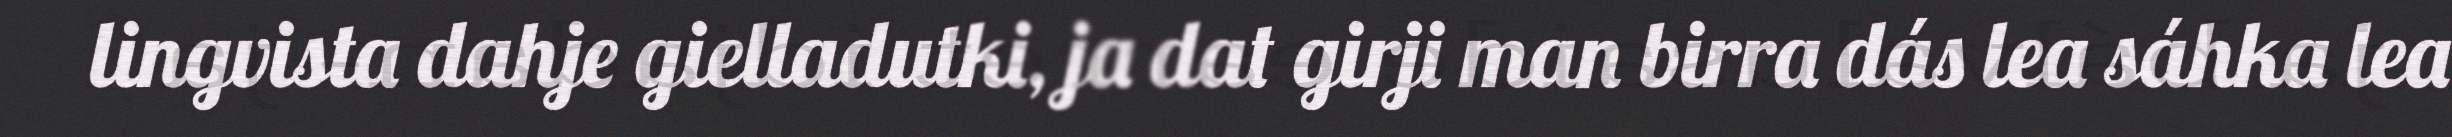
lingvista dahje gielladutki, ja dat girji man birra dás lea sáhka lea